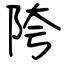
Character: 陓